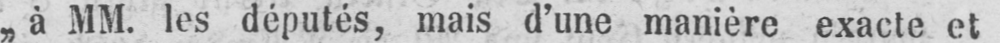
„á MM. les députés, mais d’une manière exacte et